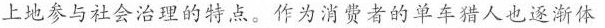
上地参与社会治理的特点。作为消费者的单车猎人也逐渐体